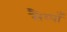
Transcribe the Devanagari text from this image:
सैय्याँ